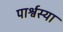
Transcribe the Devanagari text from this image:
पार्श्वस्या